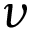
\nu